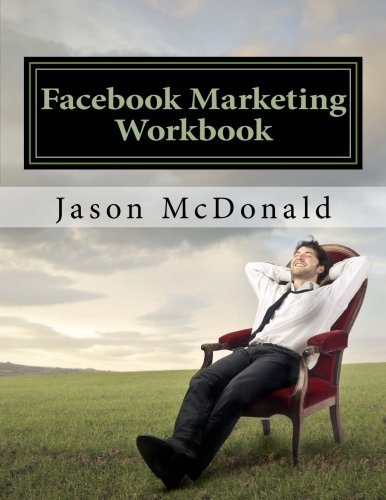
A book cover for Facebook Marketing Workbook 2016: How to Market Your Business on Facebook; Jason McDonald; Computers & Technology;